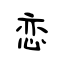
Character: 恋